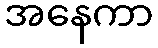
အနေကာ